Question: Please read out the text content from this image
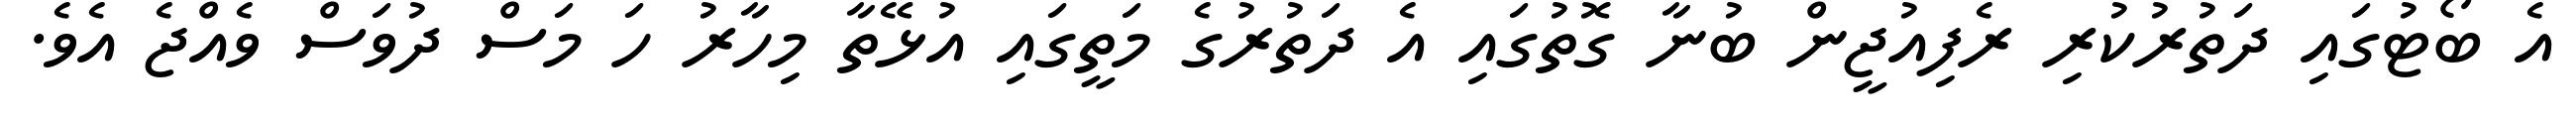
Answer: އެ ބޯޓުގައި ދަތުރުކުރި ރެފިއުޖީން ބުނާ ގޮތުގައި އެ ދަތުރުގެ މަތީގައި އުޅޭތާ މިހާރު ހަ މަސް ދުވަސް ވެއްޖެ އެވެ.